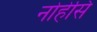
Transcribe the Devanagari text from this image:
नोहेसि